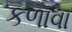
કળાવા